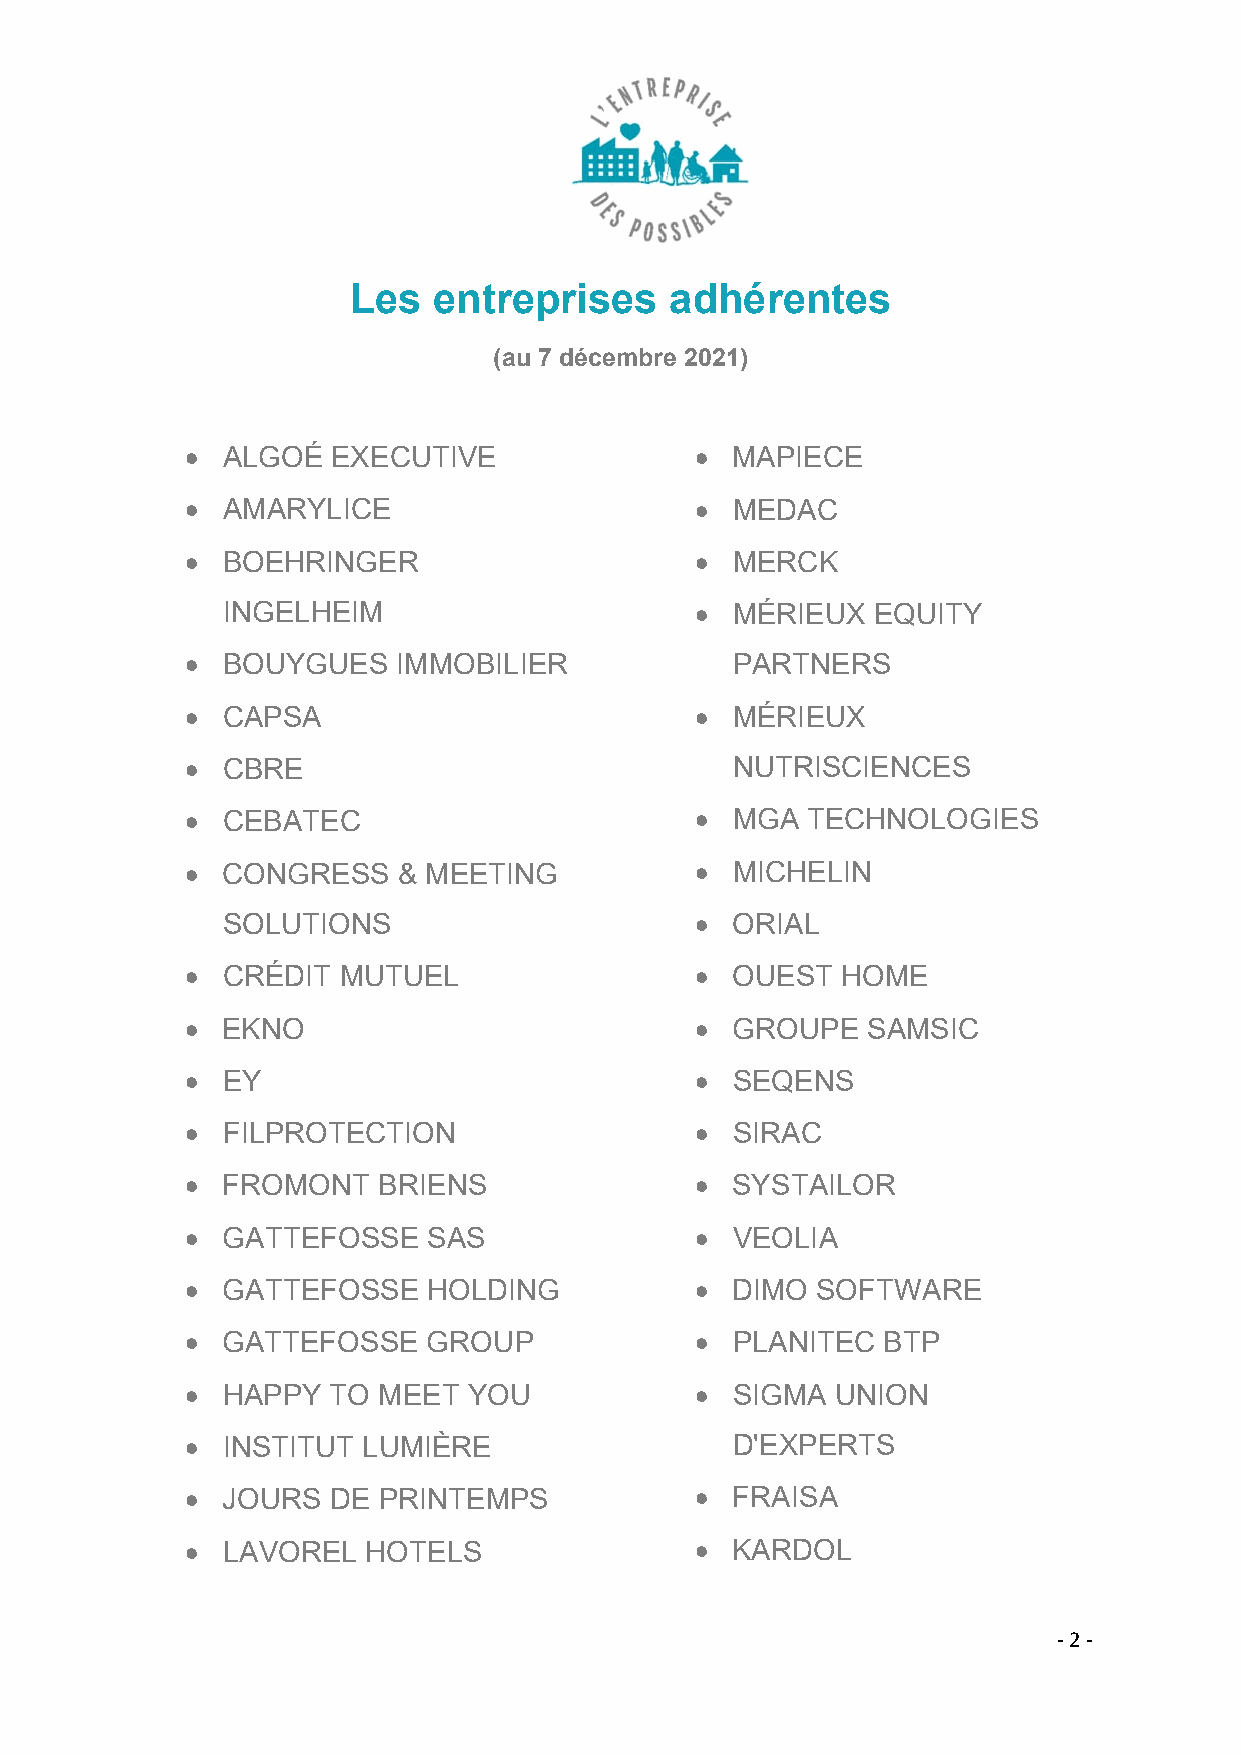
Les   entreprises    adhérentes
 (au 7 décembre 2021)
   ALGOÉ  EXECUTIVE                MAPIECE
   AMARYLICE                       MEDAC
   BOEHRINGER                      MERCK
 INGELHEIM                       MÉRIEUX   EQUITY
   BOUYGUES   IMMOBILIER            PARTNERS
   CAPSA                           MÉRIEUX
   CBRE                             NUTRISCIENCES
   CEBATEC                         MGA  TECHNOLOGIES
   CONGRESS   & MEETING            MICHELIN
 SOLUTIONS                       ORIAL
   CRÉDIT MUTUEL                   OUEST   HOME
   EKNO                            GROUPE   SAMSIC
   EY                              SEQENS
   FILPROTECTION                   SIRAC
   FROMONT   BRIENS                SYSTAILOR
   GATTEFOSSE   SAS                VEOLIA
   GATTEFOSSE   HOLDING            DIMO  SOFTWARE
   GATTEFOSSE   GROUP              PLANITEC  BTP
   HAPPY  TO MEET  YOU             SIGMA  UNION
   INSTITUT LUMIÈRE                 D'EXPERTS
   JOURS  DE PRINTEMPS             FRAISA
   LAVOREL  HOTELS                 KARDOL
 ‐ 2 ‐